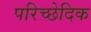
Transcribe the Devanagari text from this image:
परिच्छेदिक